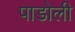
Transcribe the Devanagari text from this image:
पाडोली